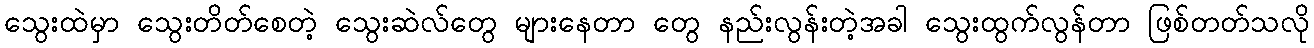
သွေးထဲမှာ သွေးတိတ်စေတဲ့ သွေးဆဲလ်တွေ များနေတာ တွေ နည်းလွန်းတဲ့အခါ သွေးထွက်လွန်တာ ဖြစ်တတ်သလို